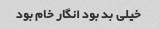
خیلی بد بود انگار خام بود